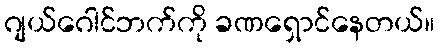
ဂျယ်ဂေါင်ဘက်ကို ခဏရှောင်နေတယ်။